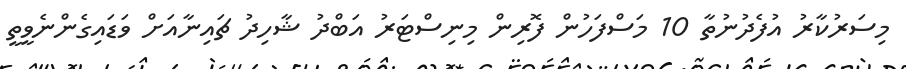
މިސަރުކާރު އުފެދުނުތާ 10 މަސްފަހުން ފޮރިން މިނިސްޓަރު އަބްދު ޝާހިދު ޗައިނާއަށް ވަޑައިގެންނެވީތީ